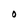
Character: O